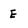
Character: E